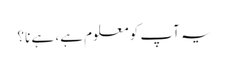
یہ آپ کو معلوم ہے، ہے نا؟